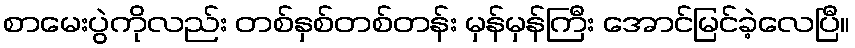
စာမေးပွဲကိုလည်း တစ်နှစ်တစ်တန်း မှန်မှန်ကြီး အောင်မြင်ခဲ့လေပြီ။